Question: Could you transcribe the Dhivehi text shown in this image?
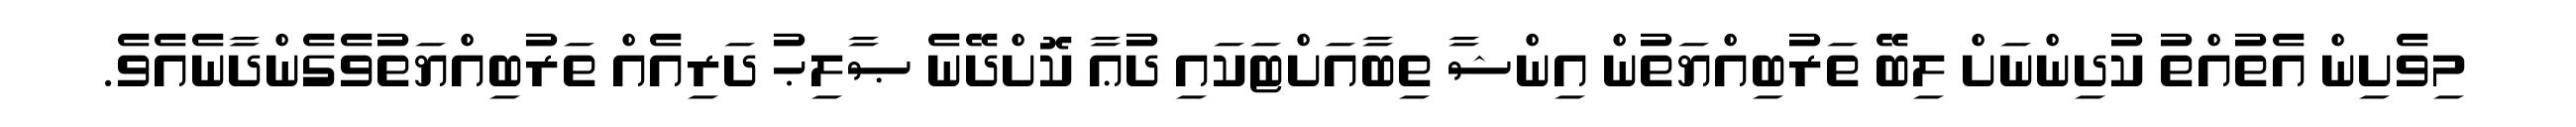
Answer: މިވެށިން އެތުއްތު ކުދިންނަށް ލިބޭ ތަރުބިއްޔަތުން އިންޝާ ތިބާއަށްޓަކައި ދުޢާ ކޮށްދޭނެ ޞާލިޙު ދަރިއެއް ތަރުބިއްޔަތުވެގެންދާނެއެވެ.